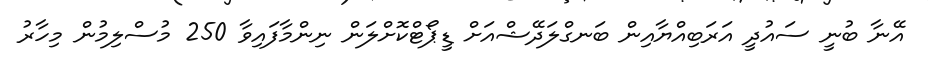
އޭނާ ބުނީ ސައުދީ އަރަބިއްޔާއިން ބަނގްލަދޭޝްއަށް ޑީޕޯޓްކޮށްލަން ނިންމާފައިވާ 250 މުސްލިމުން މިހާރު